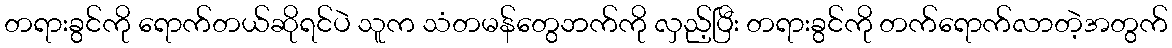
တရားခွင်ကို ရောက်တယ်ဆိုရင်ပဲ သူက သံတမန်တွေဘက်ကို လှည့်ပြီး တရားခွင်ကို တက်ရောက်လာတဲ့အတွက်